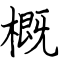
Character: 概